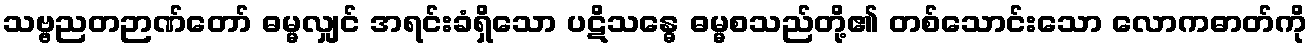
သဗ္ဗညတဉာဏ်တော် ဓမ္မလျှင် အရင်းခံရှိသော ပဋိသန္ဓေ ဓမ္မစသည်တို့၏ တစ်သောင်းသော လောကဓာတ်ကို